Insane asylums in Bengal annual reports 1867-1875 - 1867-1875
Year: 1867
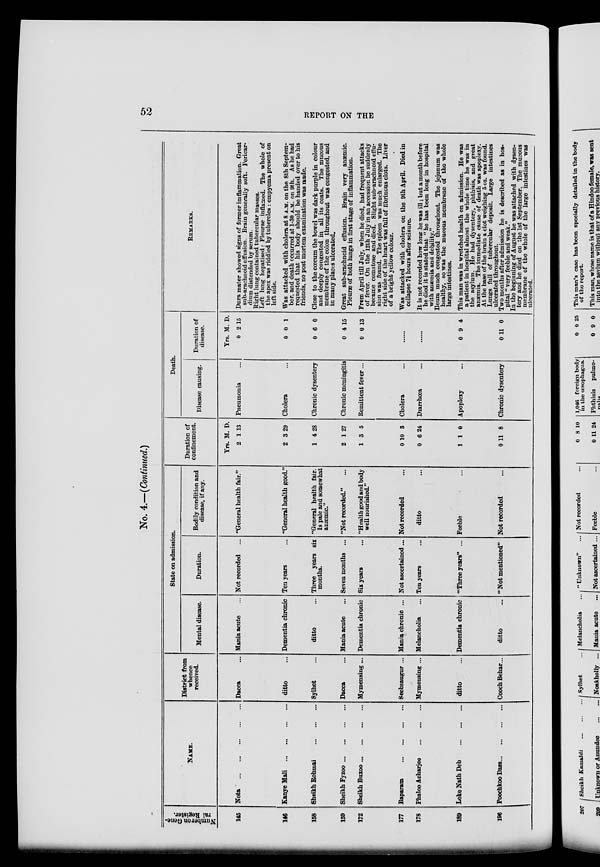
52
REPORT ON THE
No. 4.—(Continued.)
Number on Gene-
ral Register.
145
146
158
159
172
177
178
189
196
NAME.
Nota
... ... ... ... ...
Kanye Mali
...
...
...
...
Sheikh Rohmai
...
...
...
Sheikh Fyzoo ... ... ... ...
Sheikh Buxoo ... ... ... ...
Baparam
...
...
...
...
Phaloo Acharjee
...
...
...
Loke Nath Deb
...
...
...
Poochkoo Dass ... ... ... ...
District from
whence
received.
Dacca ...
ditto ...
Sylhet ...
Dacca ...
Mymensing...
Seebsaugur ...
Mymensing ...
ditto ...
Cooch Behar...
State on admission.
Mental disease.
Mania acute ...
Dementia chronic
ditto ...
Mania acute ...
Dementia chronic
Mania chronic ...
Melancholia ...
Dementia chronic
ditto ...
Duration.
Not recorded ...
Ten years ...
Three years six
months.
Seven months ...
Six years ...
Not ascertained...
Ten years ...
"Three years" ...
"Not mentioned"
Bodily condition and
disease, if any.
"General health fair."
"General health good."
"General health fair.
Is pale and somewhat
anæmic."
"Not recorded." ...
"Health good and body
well nourished."
Not recorded ...
ditto ...
Feeble ...
Not recorded ...
Duration of
confinement.
Yrs.
2
2
1
2
1
0
0
1
0
M.
1
3
4
1
3
10
6
1
11
D.
13
29
28
27
5
3
24
0
8
Death.
Disease causing.
Pneumonia ...
Cholera ...
Chronic dysentery
Chronic meningitis
Remittent fever...
Cholera ...
Diarrhœa ...
Apoplexy ...
Chronic dysentery
Duration of
disease.
Yrs.
0
0
0
0
0
M.
2
0
6
4
0
D.
15
1
0
15
13
...
...
0
0
9
11
4
0
REMARKS.
Dura mater showed signs of former imflammation. Great
sub-arachnoid effusion. Brain generally soft. Pericar-
dium distended by serum.
Right lung contained tubercular masses.
Left lung hepatised: Pleurae inflamed. The whole of
the apex was riddled by tubercles : empyema present on
left side.
Was attacked with cholera at 8 A.M. on the 8th Septem-
ber, and death occurred at 1-30 A.M. on 9th. As he had
requested that his body should be handed over to his
friends, no post mortem examination was made.
Close to the cœcum the bowel was dark purple in colour
and deeply congested in all its coats. The mucous
membrane of the colon throughout was congested, and
in many places ulcerated.
Great sub-arachnoid effusion. Brain very anæmic.
Pleuræ of both lungs in first stage of inflammation.
From April till July, when he died, had frequent attacks
of fever. On the 12th July in an accession he suddenly
became comatose and died. Slight sub-arachnoid effu-
sion was found. The spleen was much enlarged. The
right side of the heart was full of fibrinous clots. Liver
of a bright yellow colour.
Was attacked with cholera on the 9th April. Died in
collapse 7½ hours after seizure.
It is not recorded how long he was ill; but a month before
he died it is stated that "he has been long in hospital
with anæmia and debility."
Ileum much congested throughout. The jejunum was
healthy, so was the mucous membrane of the whole
large intestines.
This man was in wretched health on admission. He was
a patient in hospital almost the whole time he was in
the asylum. He had dysentery, phthisis, and great
anæmia. The immediate cause of death was apoplexy.
At the base of the brain a clot weighing 5 oz. was found.
Lungs full of tubercular deposit. Large intestines
ulcerated throughout.
Two months after admission he is described as in hos-
pital " very feeble and weak."
In the beginning of August he was attached with dysen-
tery and he died on the 1st September. The mucous
membrane of the whole of the large intestines was
ulcerated.